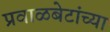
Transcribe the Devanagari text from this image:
प्रवाळबेटांच्या